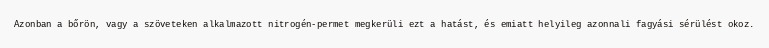
Azonban a bőrön, vagy a szöveteken alkalmazott nitrogén-permet megkerüli ezt a hatást, és emiatt helyileg azonnali fagyási sérülést okoz.